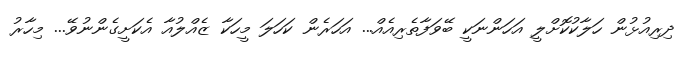
ދިރިއުޅުން ހަލާކުކޮށްލީ އަހަންނަކީ ބޭވަފާތެރިއެއް... އަހަރެން ކަހަލަ މީހަކާ ޒެއްލުއާ އެކަށީގެންނުވޭ... މިހާރު